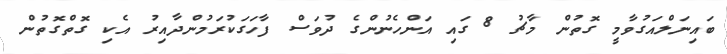
ބައިނަލްއަގުވާމީ ގޮތުން މާޗު 8 ގައި އަންހެނުންގެ ދުވަސް ފާހަގަކުރަމުންދާއިރު އެކި ގޮތްގޮތުން